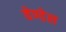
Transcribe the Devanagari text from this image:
वेण्डेल